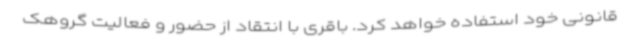
قانونی خود استفاده خواهد کرد. باقری با انتقاد از حضور و فعالیت گروهک